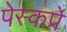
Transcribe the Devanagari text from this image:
पेस्कप्रे